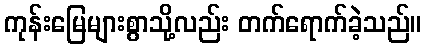
ကုန်းမြေများစွာသို့လည်း တက်ရောက်ခဲ့သည်။